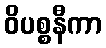
ဝိပစ္စနီကာ